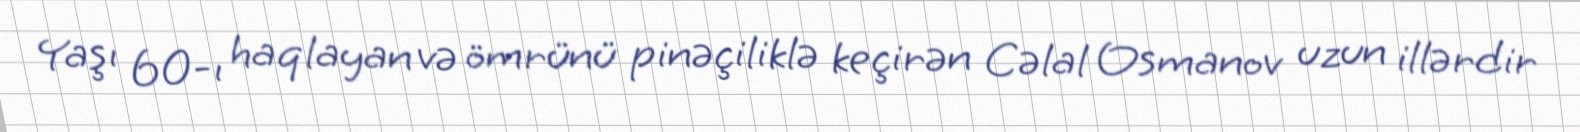
Yaşı 60-ı haqlayan və ömrünü pinəçiliklə keçirən Cəlal Osmanov uzun illərdir